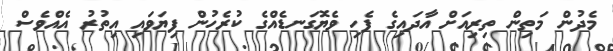
މެދުން މަތިން ތިރިއަށް އާދައިގެ ފެހި ވެޔޮގަނޑެއްގެ ކުރެހުން ފިޔަވައި އިތުރު އެއްވެސް